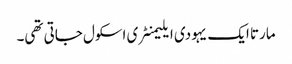
مارتا ایک یہودی ایلیمنٹری اسکول جاتی تھی۔